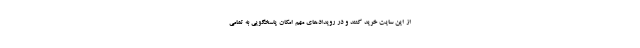
از این سایت خرید کنند و در رویدادهای مهم امکان پاسخگویی به تمامی